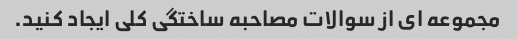
مجموعه ای از سوالات مصاحبه ساختگی کلی ایجاد کنید.